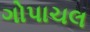
ગોપાચલ